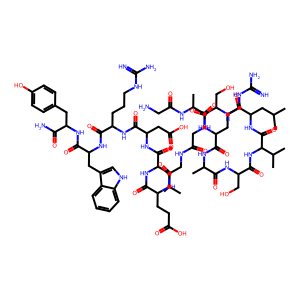
SMILES: CC(C)CC(NC(=O)C(CCC(=O)O)NC(=O)CNC(=O)CNC(=O)C(CO)NC(=O)C(CC(C)C)NC(=O)C(NC(=O)C(CO)NC(=O)C(C)NC(=O)C(CCCNC(=N)N)NC(=O)C(C)NC(=O)CN)C(C)C)C(=O)NC(CC(=O)O)C(=O)NC(CCCNC(=N)N)C(=O)NC(Cc1c[nH]c2ccccc12)C(=O)NC(Cc1ccc(O)cc1)C(N)=O
Inhibits HIV replication: No